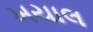
ખયાલ